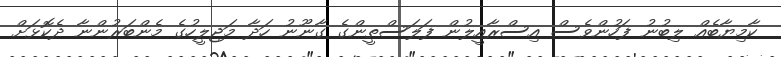
ކާމިޔާބެއް ލިބުނު ފަހުންވެސް އިސްރާއީލުން ފަލަސްތީންގެ ގާނޫނު ހަދާ މަޖިލީހުގެ މެންބަރުންނާ ދެކޮޅަށް